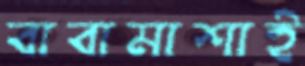
বাবামাশাই